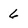
Character: 6